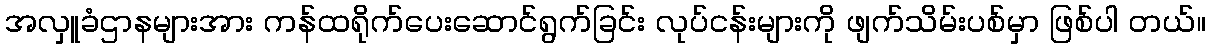
အလှူခံဌာနများအား ကန်ထရိုက်ပေးဆောင်ရွက်ခြင်း လုပ်ငန်းများကို ဖျက်သိမ်းပစ်မှာ ဖြစ်ပါ တယ်။